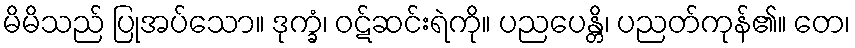
မိမိသည် ပြုအပ်သော။ ဒုက္ခံ၊ ဝဋ်ဆင်းရဲကို။ ပညပေန္တိ၊ ပညတ်ကုန်၏။ တေ၊